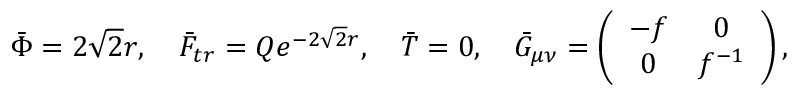
\bar { \Phi } = 2 \sqrt 2 r , ~ ~ ~ \bar { F } _ { t r } = Q e ^ { - 2 \sqrt 2 r } , ~ ~ ~ \bar { T } = 0 , { } ~ ~ ~ \bar { G } _ { \mu \nu } = \left( \begin{array} { c c } { { - f } } & { { 0 } } \\ { { 0 } } & { { f ^ { - 1 } } } \end{array} \right) ,